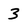
Character: 3